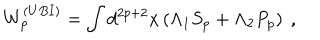
LaTeX: W _ { p } ^ { ( U B I ) } = \int d ^ { 2 p + 2 } x \left( \Lambda _ { 1 } S _ { p } + \Lambda _ { 2 } P _ { p } \right) \ ,